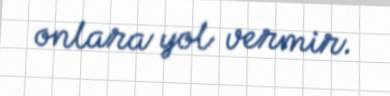
onlara yol vermir.